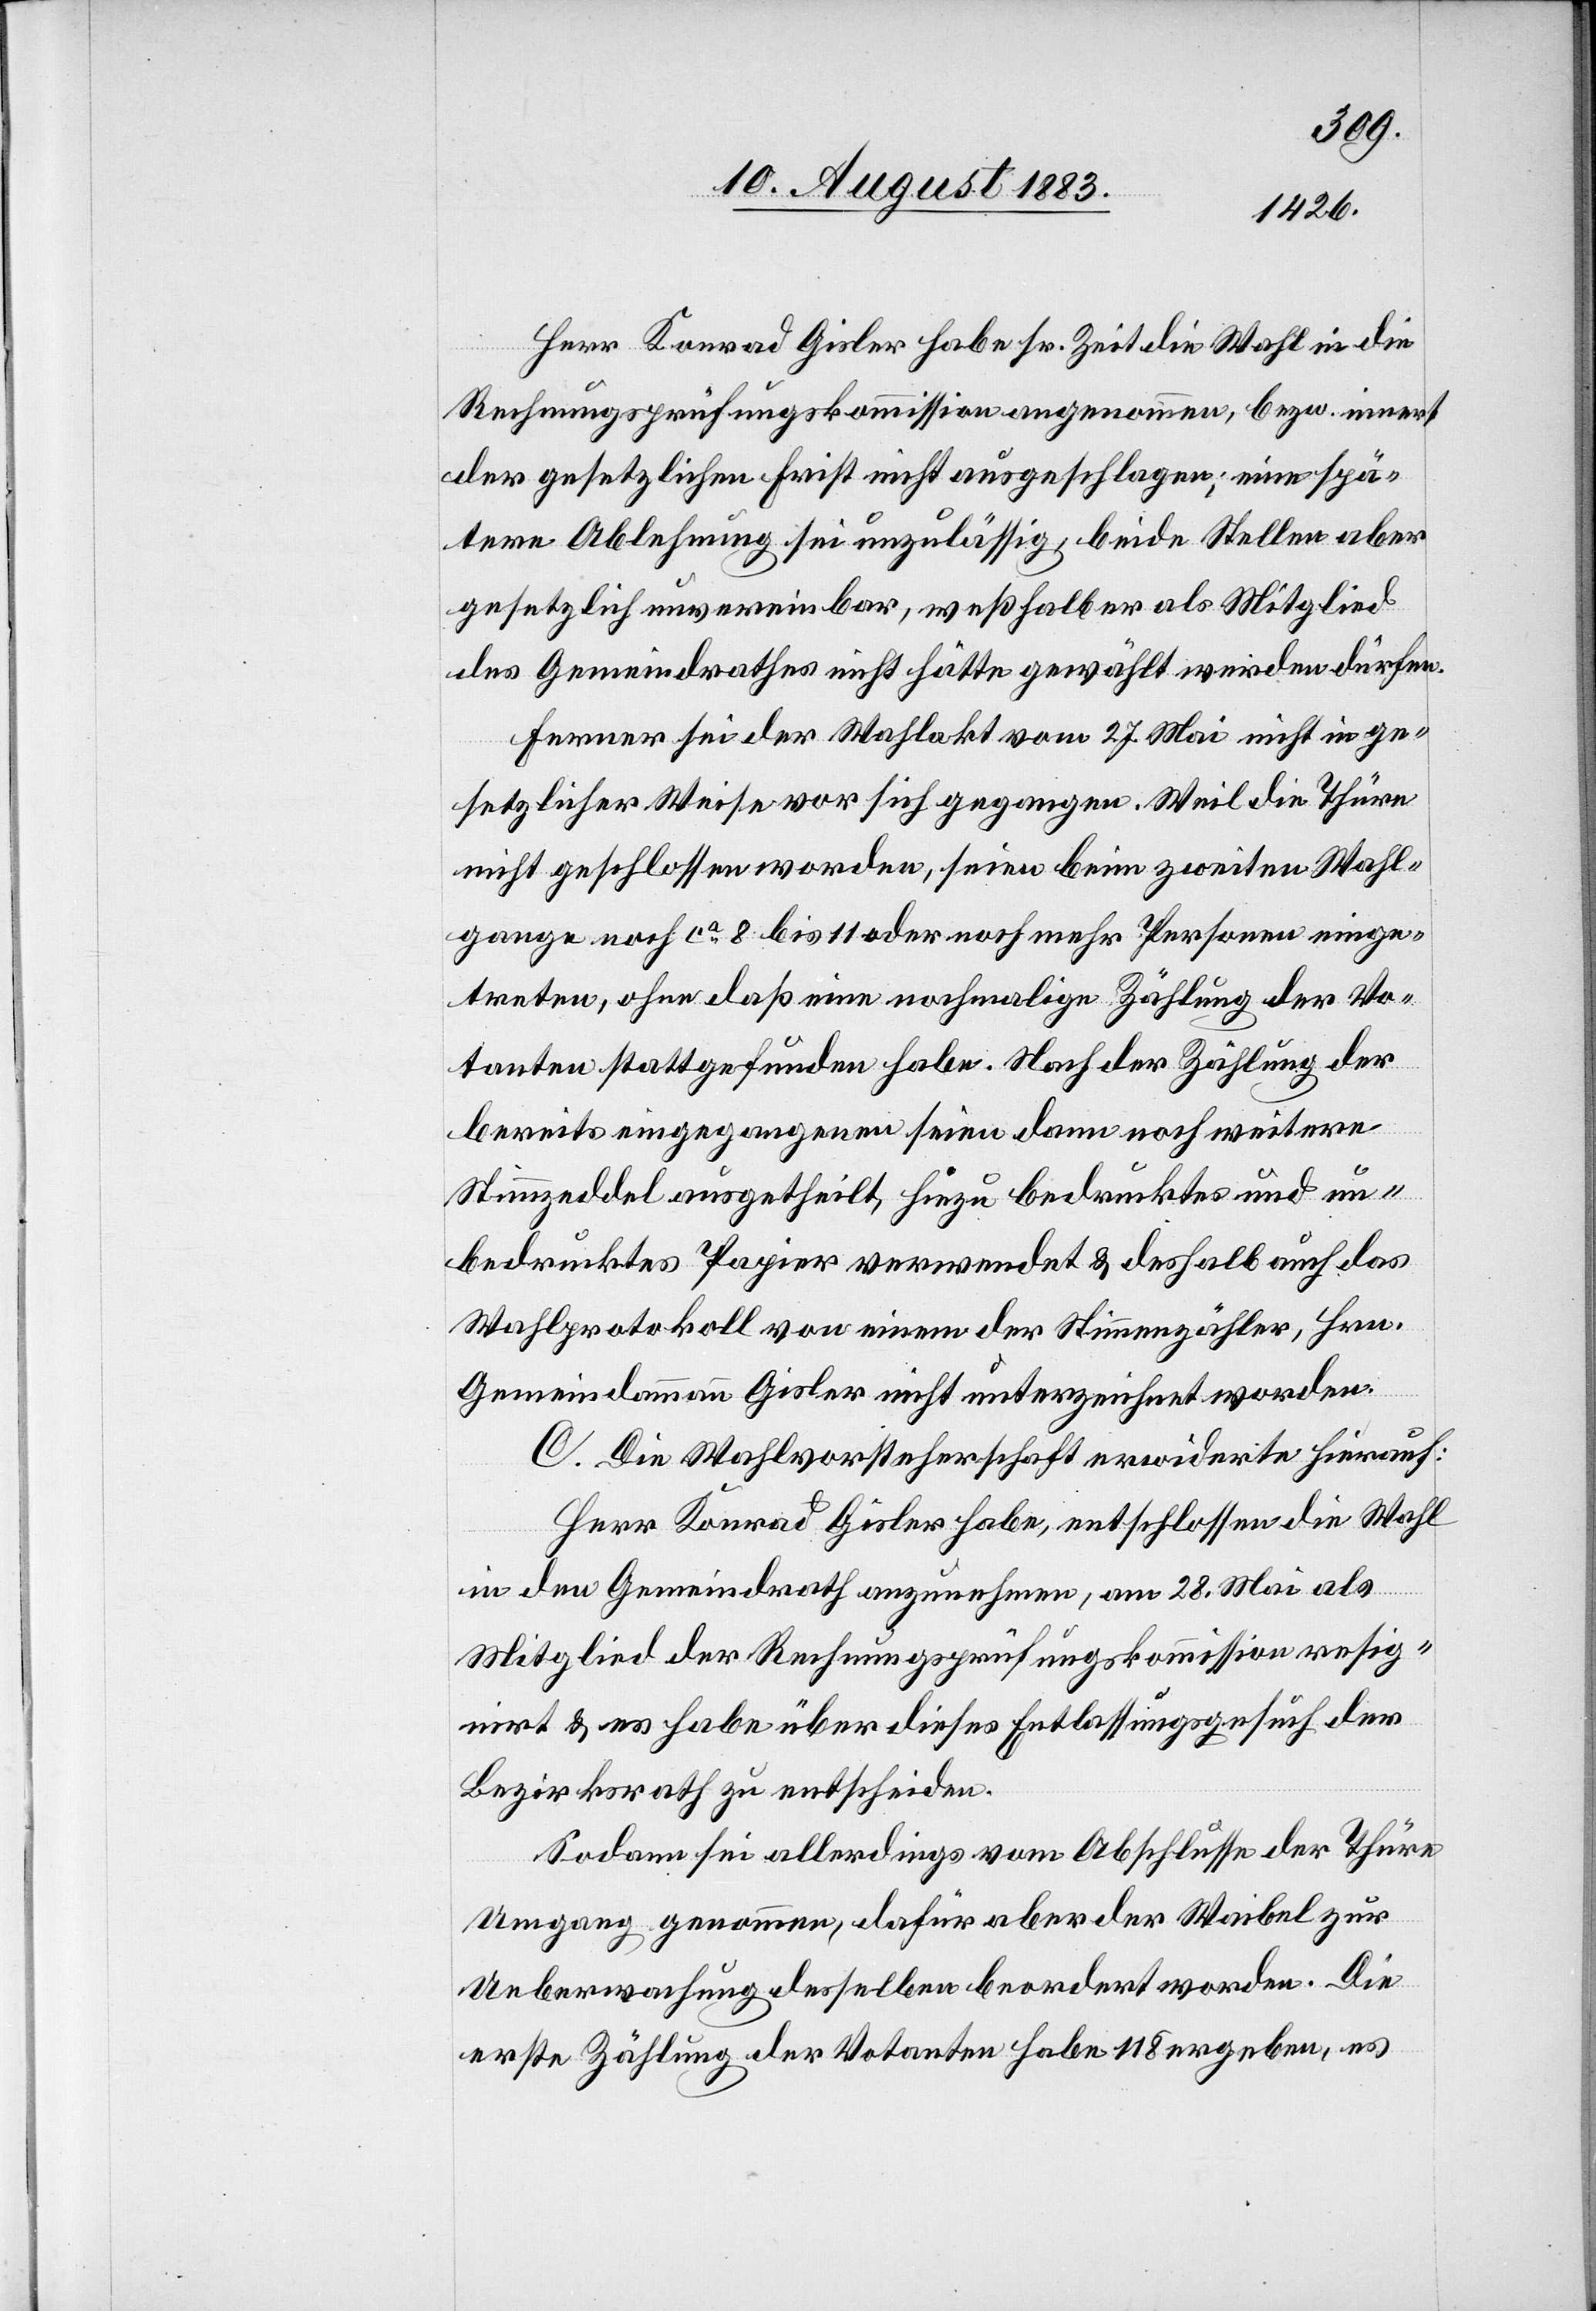
Herr Konrad Gisler habe sr. Zeit die Wahl in die
Rechnungsprüfungskommission angenommen, bezw. innert
der gesetzlichen Frist nicht ausgeschlagen; eine spä¬
tere Ablehnung sei unzulässig, beide Stellen aber
gesetzlich unvereinbar, weßhalb er als Mitglied
des Gemeindrathes nicht hätte gewählt werden dürfen.
Ferner sei der Wahlakt vom 27. Mai nicht in ge¬
setzlicher Weise vor sich gegangen. Weil die Thüre
nicht geschlossen worden, seien beim zweiten Wahl¬
gange noch ca 8 bis 11 oder noch mehr Personen einge¬
treten, ohne daß eine nochmalige Zählung der Vo¬
tanten stattgefunden habe. Nach der Zählung der
bereits eingegangenen seien dann noch weitere
Stimmzeddel ausgetheilt, hiezu bedrucktes und un¬
bedrucktes Papier verwendet & deshalb auch das
Wahlprotokoll von einem der Stimmzähler, Hrn.
Gemeindammann Gisler nicht unterzeichnet worden.
C. Die Wahlvorsteherschaft erwiderte hierauf:
Herr Konrad Gisler habe, entschlossen die Wahl
in den Gemeindrath anzunehmen, am 28. Mai als
Mitglied der Rechnungsprüfungskommission resig¬
nirt & es habe über dieses Entlassungsgesuch der
Bezirksrath zu entscheiden.
Sodann sei allerdings vom Abschlusse der Thüre
Umgang genommen, dafür aber der Waibel zur
Ueberwachung desselben [sic!] beordert worden. Die
erste Zählung der Votanten habe 118 ergeben, es